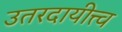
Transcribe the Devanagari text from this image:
उतरदायीत्त्व